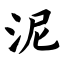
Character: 泥